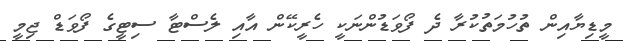
މީޑިޔާއިން ތުހުމަތުކުރާ ދެ ފޯވަޑުންނަކީ ހެރީކޭން އާއި ލެސްޓާ ސިޓީގެ ފޯވަޑް ޖިމީ